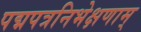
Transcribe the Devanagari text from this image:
पद्मपत्रनिभेक्षणाम्